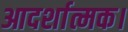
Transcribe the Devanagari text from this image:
आदर्शात्मक।